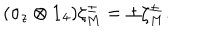
( \sigma _ { z } \otimes { \bf 1 } _ { 4 } ) \zeta _ { M } ^ { \pm } = \pm \zeta _ { M } ^ { \pm } .